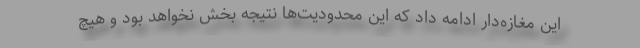
این مغازه‌دار ادامه داد که این محدودیت‌ها نتیجه بخش نخواهد بود و هیچ